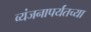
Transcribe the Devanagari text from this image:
व्यंजनापर्यंतच्या